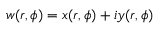
w ( r , \phi ) = x ( r , \phi ) + i y ( r , \phi )